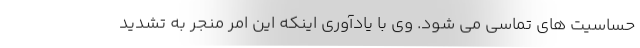
حساسیت های تماسی می شود. وی با یادآوری اینکه این امر منجر به تشدید